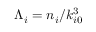
{ \Lambda _ { i } = n _ { i } / k _ { i 0 } ^ { 3 } }